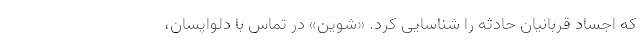
که اجساد قربانیان حادثه را شناسایی کرد. «شوین» در تماس با دلواپسان،